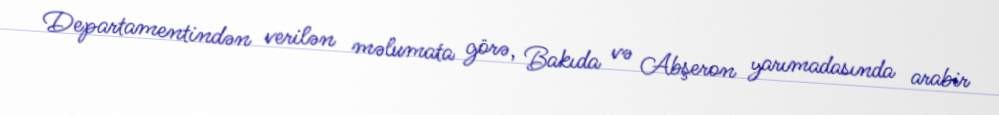
Departamentindən verilən məlumata görə, Bakıda və Abşeron yarımadasında arabir